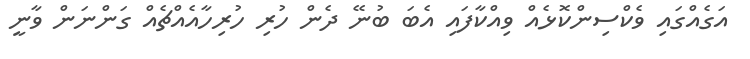
އަގެއްގައި ވެކްސިންކޮޅެއް ވިއްކާފައި އެބަ ބުނޭ ދެން ހުރި ހުރިހާއެއްޗެއް ގަންނަން ވާނީ